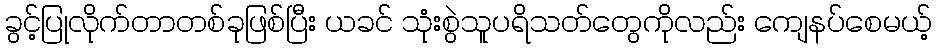
ခွင့်ပြုလိုက်တာတစ်ခုဖြစ်ပြီး ယခင် သုံးစွဲသူပရိသတ်တွေကိုလည်း ကျေနပ်စေမယ့်